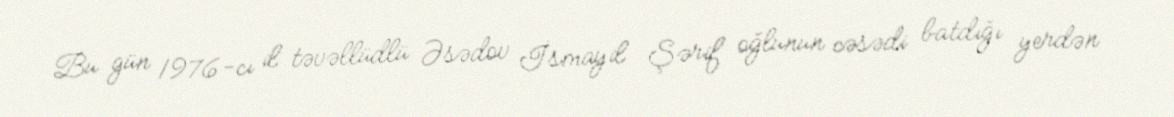
Bu gün 1976-cı il təvəllüdlü Əsədov İsmayil Şərif oğlunun cəsədi batdığı yerdən